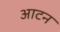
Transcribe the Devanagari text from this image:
आटन